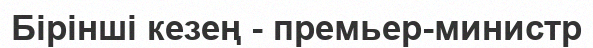
Бірінші кезең - премьер-министр